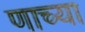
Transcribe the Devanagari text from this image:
णाच्या